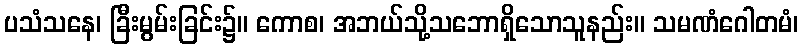
ပသံသနေ၊ ခြီးမွမ်းခြင်း၌။ ကောစ၊ အဘယ်သို့သဘောရှိသောသူနည်း။ သမဏံဂေါတမံ၊